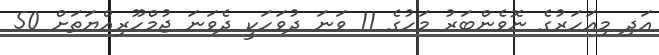
އަދި މިއަހަރުގެ ނޮވެންބަރު މަހުގެ 11 ވަނަ ދުވަހަކީ ދެވަނަ ޖުމްހޫރިއްޔަތަށް 50